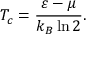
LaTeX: T _ { c } = \frac { \varepsilon - \mu } { k _ { B } \ln { 2 } } \/ .